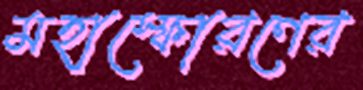
মহাস্ফোরণের